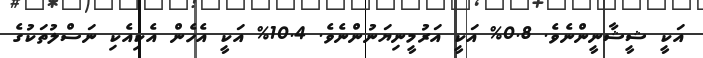
އަކީ ޝީޝާނީންނެވެ. 0.8% އަކީ އަރުމީނިޔަނުންނެވެ. 10.4% އަކީ އެހެން އެކިއެކި ނަސްލުތަކުގެ